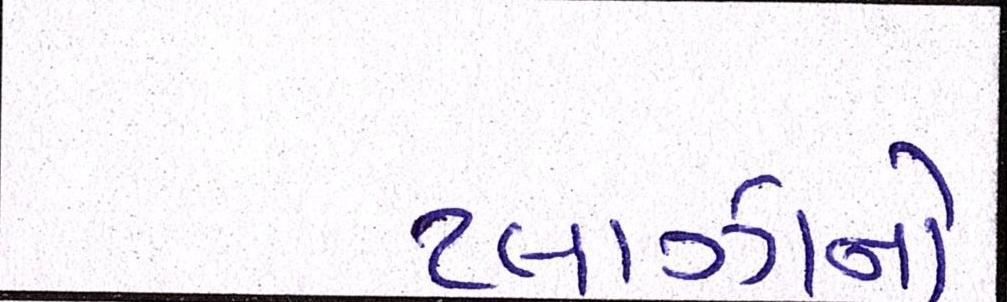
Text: પ્લાઝાનો